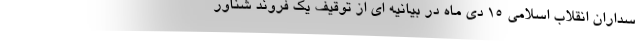
سداران انقلاب اسلامی ۱۵ دی ماه در بیانیه ای از توقیف یک فروند شناور